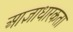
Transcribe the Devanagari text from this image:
आज्ञाधारकता